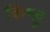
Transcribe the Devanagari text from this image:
किश्लू